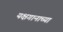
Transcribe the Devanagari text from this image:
यक्षगानाच्या